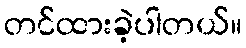
တင်ထားခဲ့ပါတယ်။